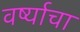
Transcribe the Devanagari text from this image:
वर्ष्याचा